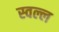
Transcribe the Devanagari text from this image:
स्वल्ल